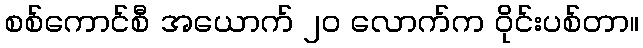
စစ်ကောင်စီ အယောက် ၂၀ လောက်က ဝိုင်းပစ်တာ။